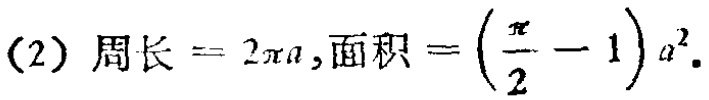
(2) 周长 \( = 2\pi a \), 面积 \( = \left(\frac{\pi}{2} - 1\right)a^{2} \)